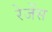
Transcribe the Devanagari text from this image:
रेजेंस